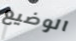
الوضيع